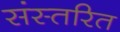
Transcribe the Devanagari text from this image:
संस्तरित